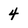
Character: 4